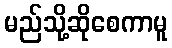
မည်သို့ဆိုစေကာမူ